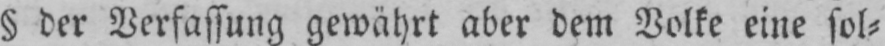
§ der Verfassung gewährt aber dem Volke eine sol⸗